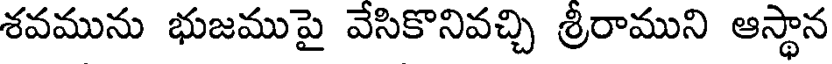
శవమును భుజముపై వేసికొనివచ్చి శ్రీరాముని ఆస్థాన